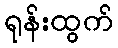
ရုန်းထွက်